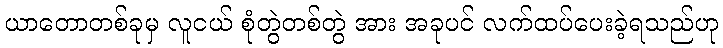
ယာတောတစ်ခုမှ လူငယ် စုံတွဲတစ်တွဲ အား အခုပင် လက်ထပ်ပေးခဲ့ရသည်ဟု